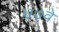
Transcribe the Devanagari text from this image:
७७वे